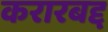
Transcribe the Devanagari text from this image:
करारबद्द